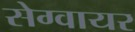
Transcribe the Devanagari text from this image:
सेग्वायर